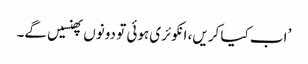
’ اب کیا کریں، انکوئری ہوئی تو دونوں پھنسیں گے۔